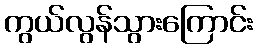
ကွယ်လွန်သွားကြောင်း